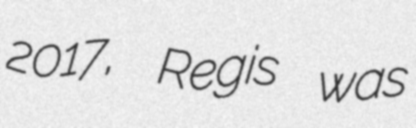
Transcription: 2017, Regis was